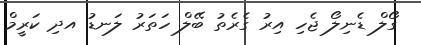
ގޯލް ޑެނިލޯ ޖެހި އިރު ގެރެތު ބޭލް ހަތަރު ލަނޑު އދި ކަރީމް